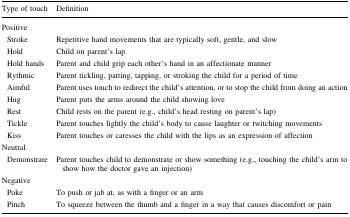
<table><thead><tr><td><b>Type of touch</b></td><td><b>Definition</b></td></tr></thead><tbody><tr><td colspan="2">Positive</td></tr><tr><td> Stroke</td><td>Repetitive hand movements that are typically soft, gentle, and slow</td></tr><tr><td> Hold</td><td>Child on parent’s lap</td></tr><tr><td> Hold hands</td><td>Parent and child grip each other’s hand in an affectionate manner</td></tr><tr><td> Rythmic</td><td>Parent tickling, patting, tapping, or stroking the child for a period of time</td></tr><tr><td> Aimful</td><td>Parent uses touch to redirect the child’s attention, or to stop the child from doing an action</td></tr><tr><td> Hug</td><td>Parent puts the arms around the child showing love</td></tr><tr><td> Rest</td><td>Child rests on the parent (e.g., child’s head resting on parent’s lap)</td></tr><tr><td> Tickle</td><td>Parent touches lightly the child’s body to cause laughter or twitching movements</td></tr><tr><td> Kiss</td><td>Parent touches or caresses the child with the lips as an expression of affection</td></tr><tr><td colspan="2">Neutral</td></tr><tr><td> Demonstrate</td><td>Parent touches child to demonstrate or show something (e.g., touching the child’s arm to show how the doctor gave an injection)</td></tr><tr><td colspan="2">Negative</td></tr><tr><td> Poke</td><td>To push or jab at, as with a finger or an arm</td></tr><tr><td> Pinch</td><td>To squeeze between the thumb and a finger in a way that causes discomfort or pain</td></tr></tbody></table>